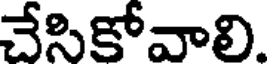
చేసికోవాలి.